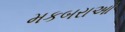
મકબરાઓ